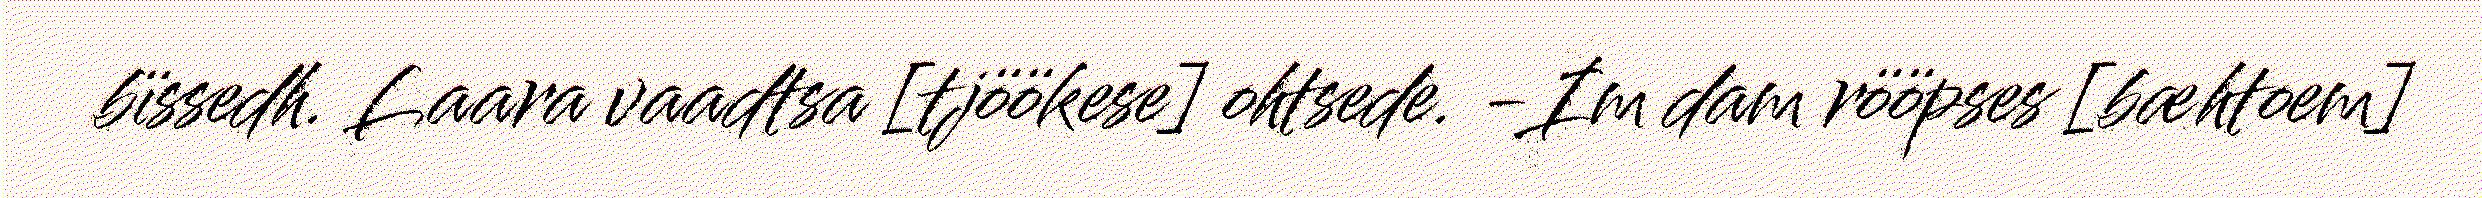
bïssedh. Laara vaadtsa [tjöökese] ohtsede. -Im dam rööpses [bæhtoem]